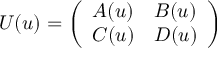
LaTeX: U ( u ) = \left( \begin{array} { l l } { { A ( u ) } } & { { B ( u ) } } \\ { { C ( u ) } } & { { D ( u ) } } \end{array} \right)